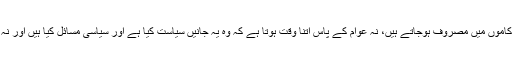
الیکشن کے دن بعض لوگ چھٹی مناتے ہیں اور بعض ووٹ ڈالنے کے بعد اپنے کاموں میں مصروف ہوجاتے ہیں، نہ عوام کے پاس اتنا وقت ہوتا ہے کہ وہ یہ جانیں سیاست کیا ہے اور سیاسی مسائل کیا ہیں اور نہ ہی سیاستدانوں کو اس سے دلچسبی ہوتی ہے کہ وہ عوام کی سیاسی تربیت کریں۔